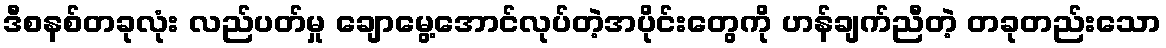
ဒီစနစ်တခုလုံး လည်ပတ်မှု ချောမွေ့အောင်လုပ်တဲ့အပိုင်းတွေကို ဟန်ချက်ညီတဲ့ တခုတည်းသော